Reports on dispensaries and lunatic asylums in the Province of Oudh - 1869-1876
Year: 1869
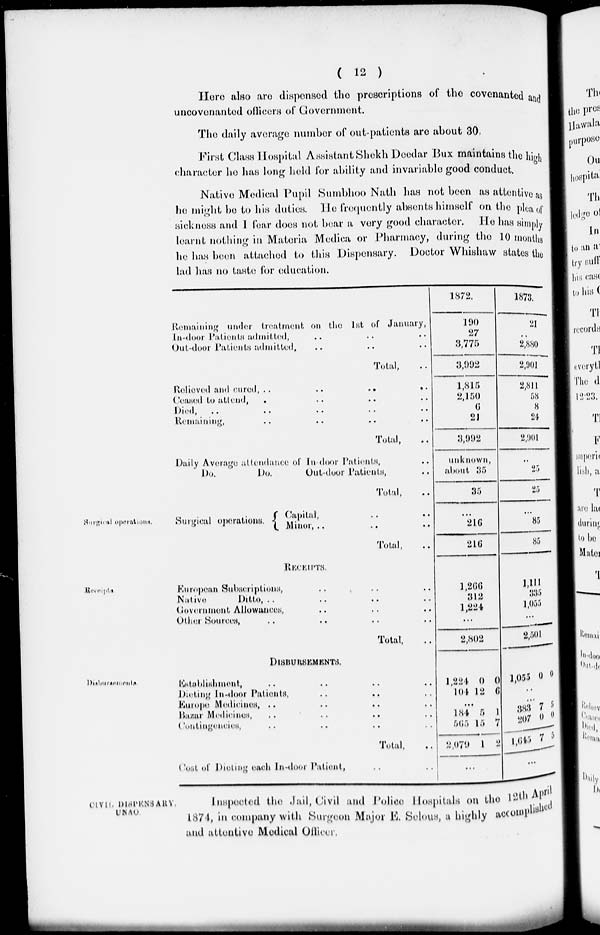
( 12 )
Here also are dispensed the prescriptions of the covenanted and
uncovenanted officers of Government.
The daily average number of out-patients are about 30.
First Class Hospital Assistant Shekh Deedar Bux maintains the high
character he has long held lor ability and invariable good conduct.
Native Medical Pupil Sumbhoo Nath has not been an attentive as
he might be to his duties. He frequently absents himself on the plea of
sickness and I fear does not bear a very good character. He has simply
learnt nothing in Materia Medica or Pharmacy, during the 10 months
he has been attached to this Dispensary. Doctor Whishaw states the
lad has no taste for education.
Remaining under treatment on the 1 st of January,
In-door Patients admitted, .. .. ..
Out-door Patients admitted, .. .. ..
Total, ..
Relieved and
cured,
..
..
..
..
Ceased to attend, .. .. .. ..
Died, .. .. .. .. ..
Remaining, .. .. .. .. ..
Total, ..
Daily Average attendance of In-door Patients, ..
Do.
Do.
Out-door Patients, ..
Total, ..
1872.
190
27
3,775
3,992
1,815
2,150
6
21
3,992
unknown,
about 35
35
1873.
21
..
2,880
2,901
2,811
58
8
24
2,901
..
25
25
Surgical operations.
Surgical operations
Capital, .. ..
Minor, .. .. ..
Total, ...
...
216
216
...
85
85
Receipts.
Receipts.
European Subscriptions, .. .. ..
Native
Ditto, .. .. .. ..
Government Allowances, .. .. ..
Other Sources, .. .. ..
Total, ..
1,266
312
1,224
...
2,802
1,111
335
1,055
...
2,501
Disbursements.
DISBURSEMENTS.
Establishment, .. .. .. ..
Dieting In-door Patients, .. .. ..
Europe Medicines, .. .. .. .. ..
Bazar Medicines, .. .. .. .. ..
Contingencies, .. .. .. .. ..
Total, ..
Cost of Dieting each In-door Patient,
1,224
104
0
12
0
6
...
184
565
2,079
5
15
1
1
7
2
...
1,055 0 0
...
...
383
207
1,645
7
0
7
5
0
5
...
CIVIL
DISPENSARY.
UNAO
Inspected the Jail, Civil and Police Hospitals on the 12th April
1874, in company with Surgeon Major E. Selous, a highly accomplished
and attentive Medical Officer.